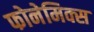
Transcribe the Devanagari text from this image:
फोनेमिक्स